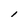
Character: l